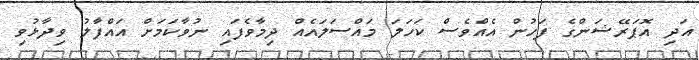
އަދި އޮޕަރޭޝަންގެ ފަހުން އެއްވެސް ކަހަލަ މައްސަލައެއް ދިމާވެފައި ނުވާކަމަށް އައްފާލު ވިދާޅުވި